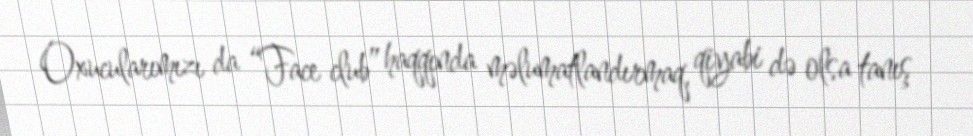
Oxucularımızı da “Face club” haqqında məlumatlandırmaq, qiyabi də olsa tanış